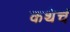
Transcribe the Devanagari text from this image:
कथेचं